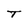
Character: T